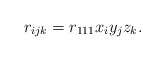
\begin{align*}r_{ijk}=r_{111}x_{i}y_{j}z_{k}.\end{align*}